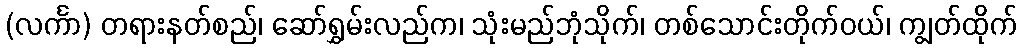
(လင်္ကာ) တရားနတ်စည်၊ ဆော်ရွှမ်းလည်က၊ သုံးမည်ဘုံသိုက်၊ တစ်သောင်းတိုက်ဝယ်၊ ကျွတ်ထိုက်